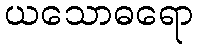
ယသောဓရော